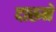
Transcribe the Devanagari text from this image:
दारूने